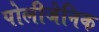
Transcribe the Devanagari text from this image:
पोलीजेनिक